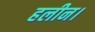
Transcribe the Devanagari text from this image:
हलीन।